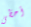
أحظى